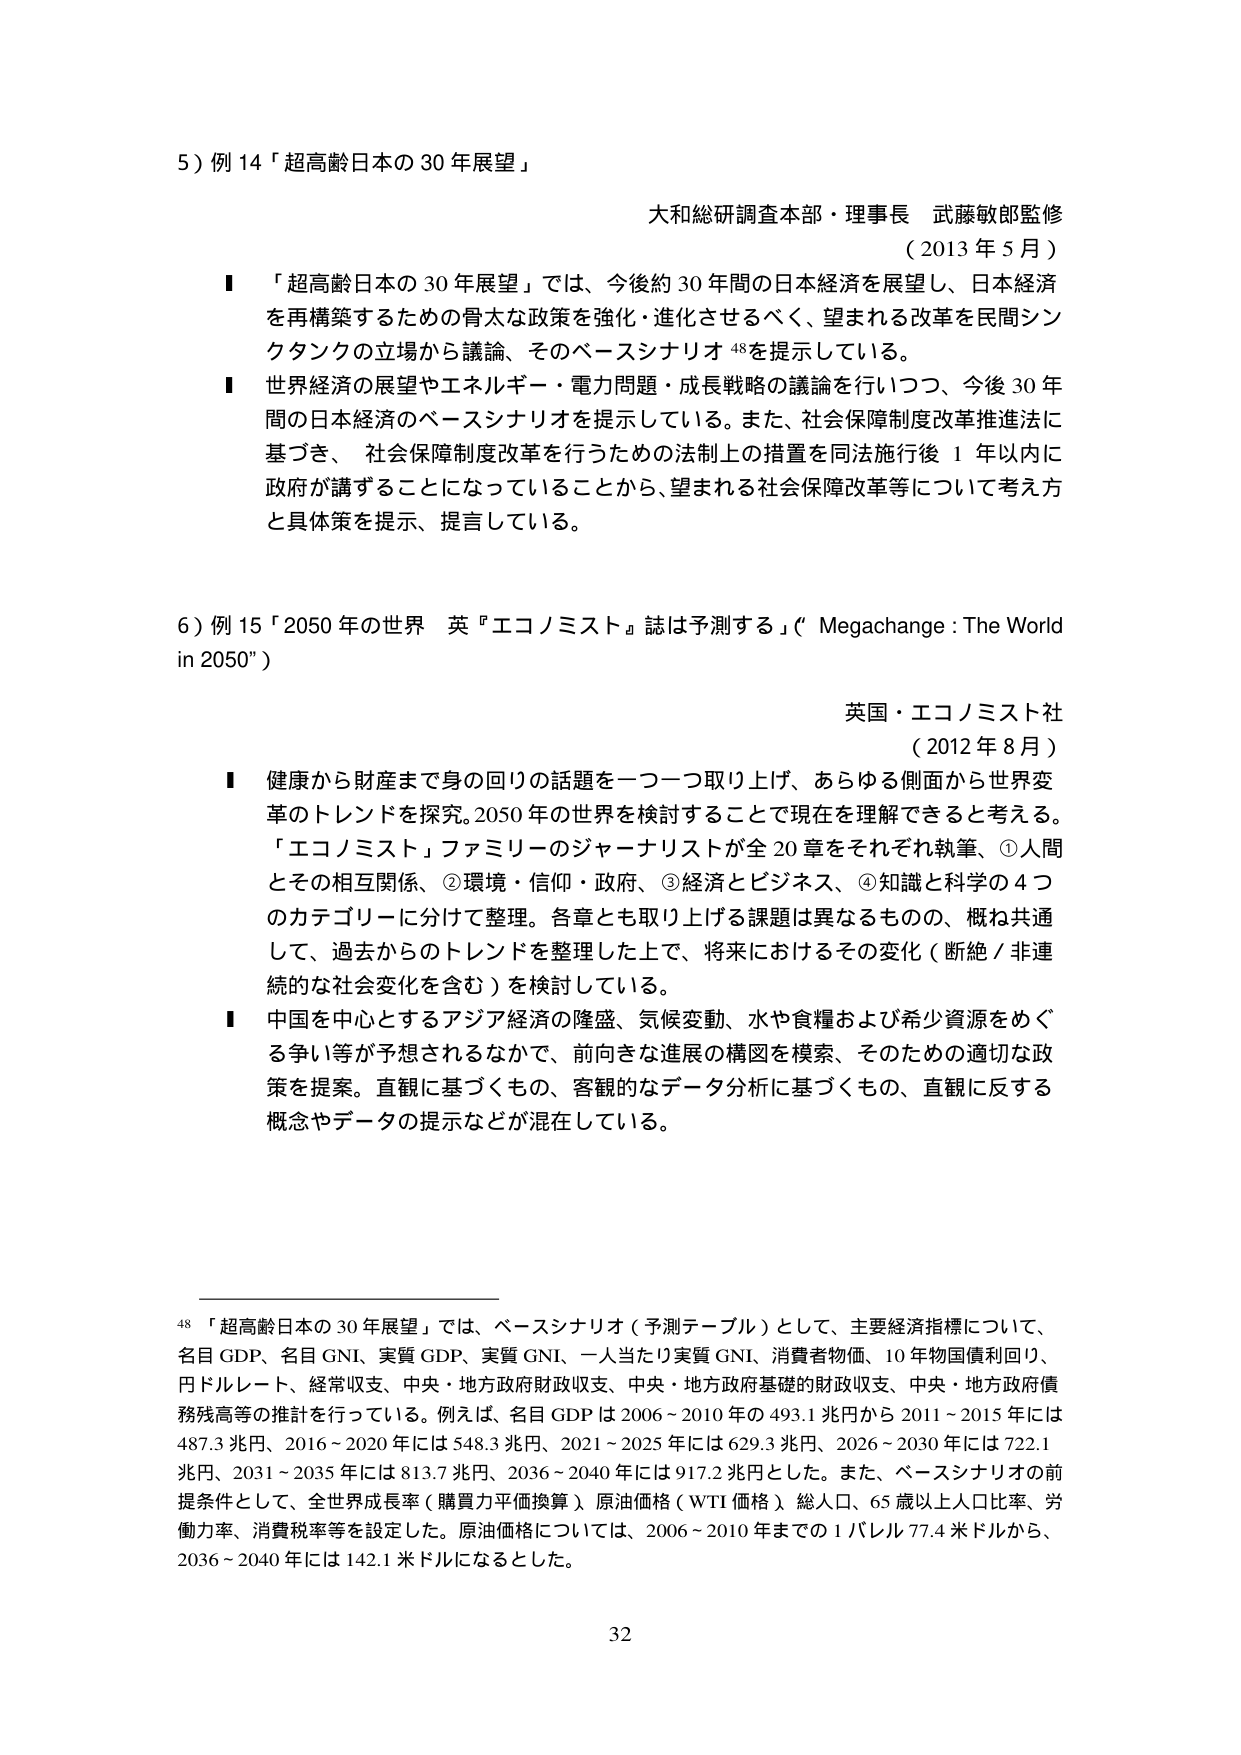
5) 例14「超高齢日本の30年展望」

大和総研調査本部・理事長 武藤敏郎監修
(2013年5月)

■ 「超高齢日本の30年展望」では、今後約30年間の日本経済を展望し、日本経済を再構築するための骨太な政策を強化・進化させるべく、望まれる改革を民間シンクタンクの立場から議論、そのベースシナリオ⁴⁸を提示している。

■ 世界経済の展望やエネルギー・電力問題・成長戦略の議論を行いつつ、今後30年間の日本経済のベースシナリオを提示している。また、社会保障制度改革推進法に基づき、社会保障制度改革を行うための法制上の措置を同法施行後1年以内に政府が講ずることになっていることから、望まれる社会保障改革等について考え方と具体策を提示、提言している。

6) 例15「2050年の世界 英『エコノミスト』誌は予測する」("Megachange: The World in 2050")

英国・エコノミスト社
(2012年8月)

■ 健康から財産まで身の回りの話題を一つ一つ取り上げ、あらゆる側面から世界変革のトレンドを探究。2050年の世界を検討することで現在を理解できると考える。「エコノミスト」ファミリーのジャーナリストが全20章をそれぞれ執筆、①人間とその相互関係、②環境・信仰・政府、③経済とビジネス、④知識と科学の4つのカテゴリーに分けて整理。各章とも取り上げる課題は異なるものの、概ね共通して、過去からのトレンドを整理した上で、将来におけるその変化（断絶／非連続的な社会変化を含む）を検討している。

■ 中国を中心とするアジア経済の隆盛、気候変動、水や食糧および希少資源をめぐる争い等が予想されるなかで、前向きな進展の構図を模索、そのための適切な政策を提案。直観に基づくもの、客観的なデータ分析に基づくもの、直観に反する概念やデータの提示などが混在している。

⁴⁸ 「超高齢日本の30年展望」では、ベースシナリオ（予測テーブル）として、主要経済指標について、名目GDP、名目GNI、実質GDP、実質GNI、一人当たり実質GNI、消費者物価、10年物国債利回り、円ドルレート、経常収支、中央・地方政府財政収支、中央・地方政府基礎的財政収支、中央・地方政府債務残高等の推計を行っている。例えば、名目GDPは2006～2010年の493.1兆円から2011～2015年には487.3兆円、2016～2020年には548.3兆円、2021～2025年には629.3兆円、2026～2030年には722.1兆円、2031～2035年には813.7兆円、2036～2040年には917.2兆円とした。また、ベースシナリオの前提条件として、全世界成長率（購買力平価換算）、原油価格（WTI価格）、総人口、65歳以上人口比率、労働力率、消費税率等を設定した。原油価格については、2006～2010年までの1バレル77.4米ドルから、2036～2040年には142.1米ドルになるとした。

32